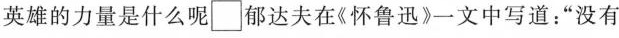
英雄的力量是什么呢\Box 郁达夫在《怀鲁迅》一文中写道：”没有